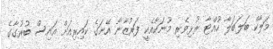
މަލާކް ބަލަބަލާ ހުއްޓާ ރުޅިވެރި މޫނަކާއެކީ ފަރުޒާނާ އޭނަގެ ކައިރިއަށް އައިސް ބުރުގާގެ